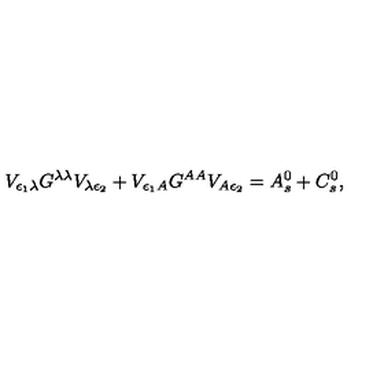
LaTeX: V _ { \epsilon _ { 1 } \lambda } G ^ { \lambda \lambda } V _ { \lambda \epsilon _ { 2 } } + V _ { \epsilon _ { 1 } A } G ^ { A A } V _ { A \epsilon _ { 2 } } = A _ { s } ^ { 0 } + C _ { s } ^ { 0 } ,